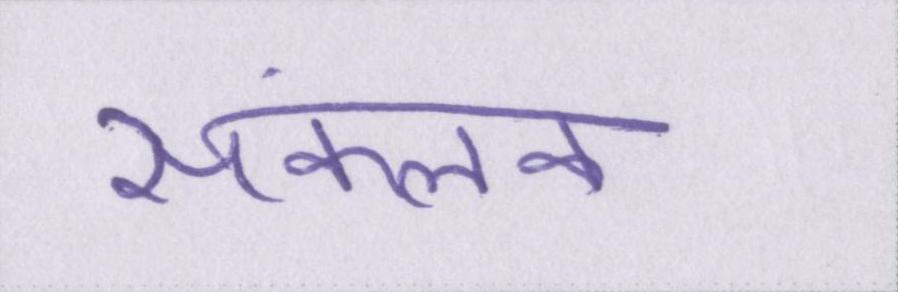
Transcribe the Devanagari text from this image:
संकलक